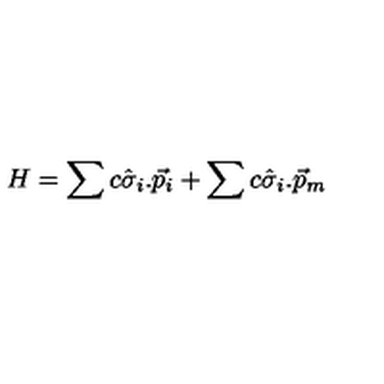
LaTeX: H = \sum c \hat { \sigma } _ { i } . \vec { p } _ { i } + \sum c \hat { \sigma } _ { i } . \vec { p } _ { m }